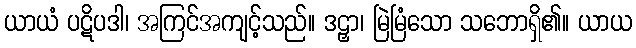
ယာယံ ပဋိပဒါ၊ အကြင်အကျင့်သည်။ ဒဠှာ၊ မြဲမြံသော သဘောရှိ၏။ ယာယ